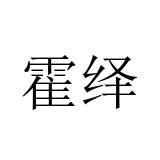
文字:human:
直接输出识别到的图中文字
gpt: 霍绎